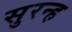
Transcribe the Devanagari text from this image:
सुरन्ह